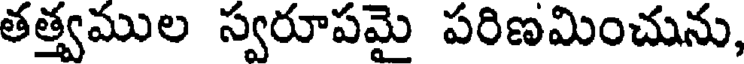
తత్త్వముల స్వరూపమై పరిణమించును,